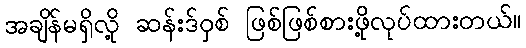
အချိန်မရှိလို့ ဆန်းဒ်ဝှစ် ဖြစ်ဖြစ်စားဖို့လုပ်ထားတယ်။